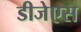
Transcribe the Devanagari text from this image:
डीजेएस